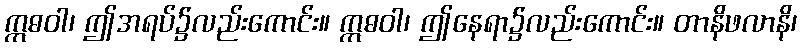
ဣဓဝါ၊ ဤအရပ်၌လည်းကောင်း။ ဣဓဝါ၊ ဤနေရာ၌လည်းကောင်း။ တာနိဖလာနိ၊